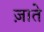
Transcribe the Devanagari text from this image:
ज़ाते